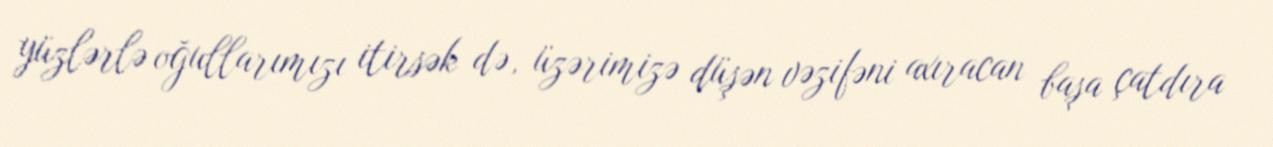
yüzlərlə oğullarımızı itirsək də, üzərimizə düşən vəzifəni axıracan başa çatdıra